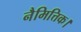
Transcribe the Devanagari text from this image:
नैमित्तिक।